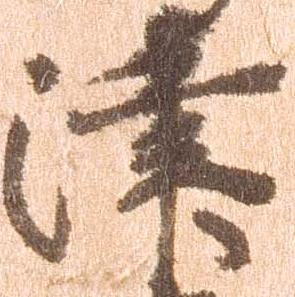
津